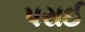
પરાઈ